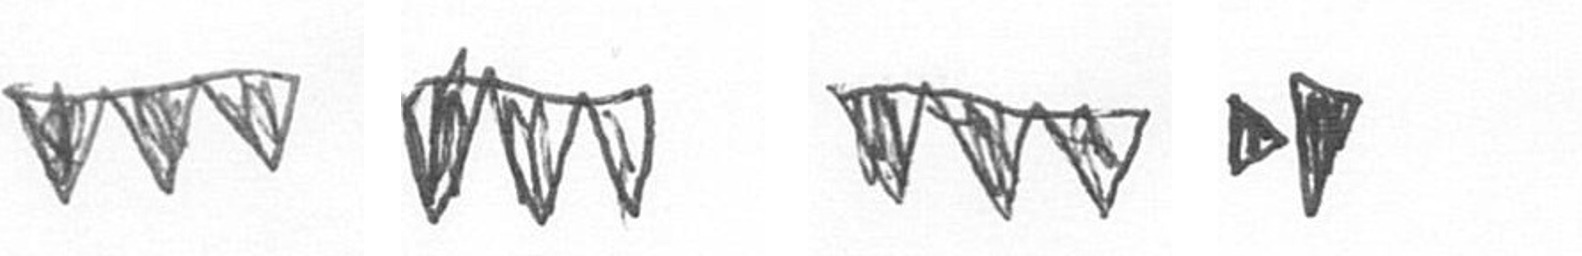
L L L M